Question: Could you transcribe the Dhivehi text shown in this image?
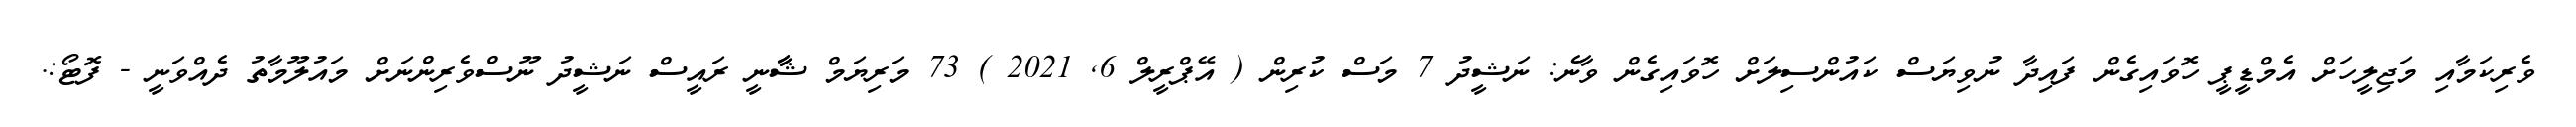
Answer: ވެރިކަމާއި މަޖިލީހަށް އެމްޑީޕީ ހޮވައިގެން ފައިދާ ނުވިޔަސް ކައުންސިލަށް ހޮވައިގެން ވާނެ: ނަޝީދު 7 މަސް ކުރިން ( އޭޕްރީލް 6, 2021 ) 73 މަރިޔަމް ޝާާނީ ރައީސް ނަޝީދު ނޫސްވެރިންނަށް މައުލޫމާތު ދެއްވަނީ - ފޮޓޯ:.